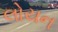
લોયન